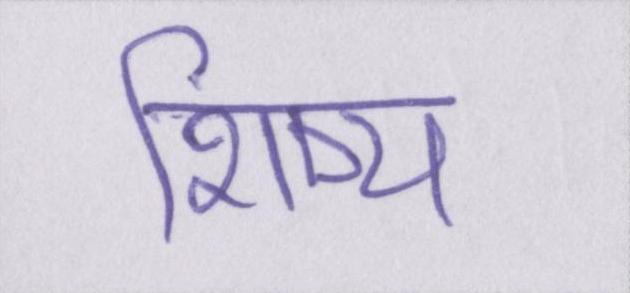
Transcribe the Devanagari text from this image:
शिष्य